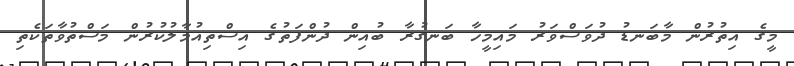
މީގެ އިތުރުން މާބަނޑު ދުވަސްވަރު މައިމީހާ ބަނގުރާ ބުއިން ދުންފަތުގެ އިސްތިއުމާލުކުރުން މަސްތުވާތަކެތި